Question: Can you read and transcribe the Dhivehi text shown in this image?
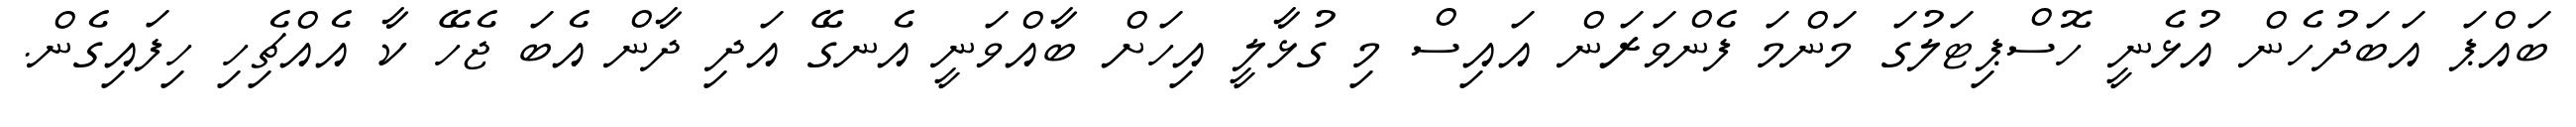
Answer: ބައްޕަ އަބަދުހެން އުޅެނީ ހޮސްޕިޓަލުގަ މަންމަ ފެންވަރަން އައިސް މި ގުޅާލީ އިހަށް ބާއްވަނީ އެނގޭ އަދި ދާން އެބަ ޖެހޭ ކާ އެއްޗިެހި ހިފައިގެން.